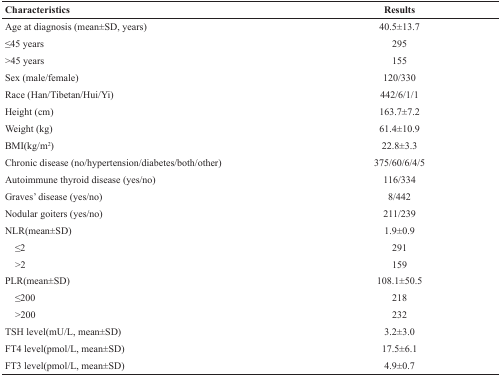
<table><thead><tr><td><b>Characteristics</b></td><td><b>Results</b></td></tr></thead><tbody><tr><td>Age at diagnosis (mean±SD, years)</td><td>40.5±13.7</td></tr><tr><td>≤45 years</td><td>295</td></tr><tr><td>&gt;45 years</td><td>155</td></tr><tr><td>Sex (male/female)</td><td>120/330</td></tr><tr><td>Race (Han/Tibetan/Hui/Yi)</td><td>442/6/1/1</td></tr><tr><td>Height (cm)</td><td>163.7±7.2</td></tr><tr><td>Weight (kg)</td><td>61.4±10.9</td></tr><tr><td>BMI(kg/m<sup>2</sup>)</td><td>22.8±3.3</td></tr><tr><td>Chronic disease (no/hypertension/diabetes/both/other)</td><td>375/60/6/4/5</td></tr><tr><td>Autoimmune thyroid disease (yes/no)</td><td>116/334</td></tr><tr><td>Graves’ disease (yes/no)</td><td>8/442</td></tr><tr><td>Nodular goiters (yes/no)</td><td>211/239</td></tr><tr><td>NLR(mean±SD)</td><td>1.9±0.9</td></tr><tr><td> ≤2</td><td>291</td></tr><tr><td> &gt;2</td><td>159</td></tr><tr><td>PLR(mean±SD)</td><td>108.1±50.5</td></tr><tr><td> ≤200</td><td>218</td></tr><tr><td> &gt;200</td><td>232</td></tr><tr><td>TSH level(mU/L, mean±SD)</td><td>3.2±3.0</td></tr><tr><td>FT4 level(pmol/L, mean±SD)</td><td>17.5±6.1</td></tr><tr><td>FT3 level(pmol/L, mean±SD)</td><td>4.9±0.7</td></tr></tbody></table>